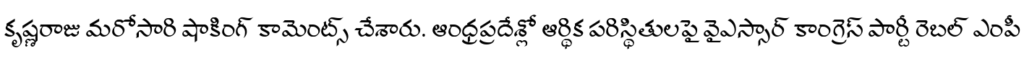
కృష్ణరాజు మరోసారి షాకింగ్ కామెంట్స్ చేశారు. ఆంధ్రప్రదేశ్లో ఆర్థిక పరిస్థితులపై వైఎస్సార్ కాంగ్రెస్ పార్టీ రెబల్ ఎంపీ